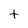
Character: t